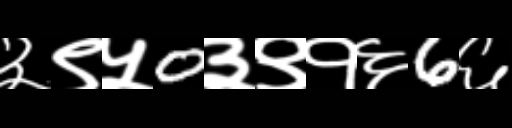
Text: ३९५0३९१६6६